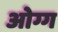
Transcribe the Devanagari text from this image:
ओग्ग